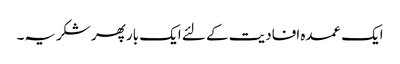
ایک عمدہ افادیت کے لئے ایک بار پھر شکریہ۔